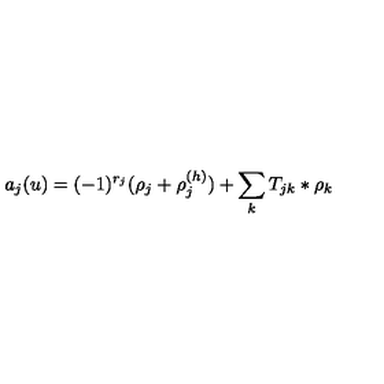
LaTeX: a _ { j } ( u ) = ( - 1 ) ^ { r _ { j } } ( \rho _ { j } + \rho _ { j } ^ { ( h ) } ) + \sum _ { k } T _ { j k } \ast \rho _ { k }